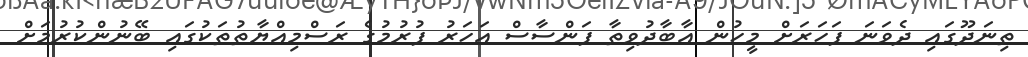
ތިނަދޫގައި ދެވަނަ ފަހަރަށް މީހުން އާބާދުވިތާ ފަންސާސް އަހަރު ފުރުމުގެ ރަސްމިއްޔާތުތަކުގައި ބޭނުންކުރުމަށް